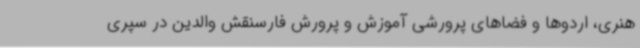
هنری، اردوها و فضاهای پرورشی آموزش و پرورش فارسنقش والدین در سپری